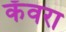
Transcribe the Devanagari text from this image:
कँवरा